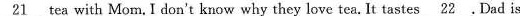
\underline{21}tea with Mom I don't know why they love teaIttastes\underline{22}Dadis